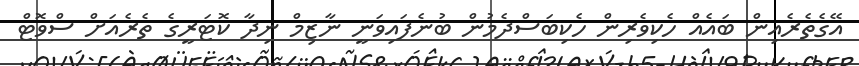
އޭގެތެރެއިން ބައެއް ހެކިވެރިން ހެކިބަސްދެމުން ބުނެފައިވަނީ ނާޒިމް ނިދާ ކޮޓަރީގެ ތެރެއަށް ސްވޮޓް